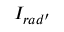
{ \cal I } _ { r a d ^ { \prime } }